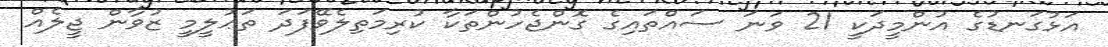
އަޅުގަނޑުގެ އުންމީދަކީ 21 ވަނަ ސައްތައިގެ ގޮންޖެހުންތަކާ ކުރިމަތިލެވޭފަދަ ތަޢުލީމީ ޒުވާން ޖީލެއް